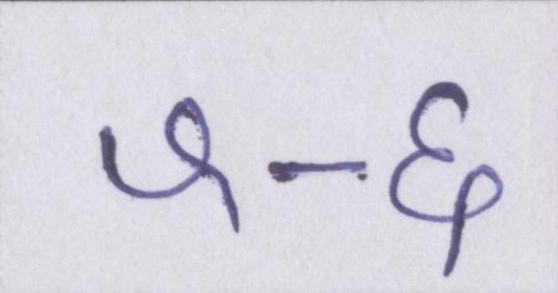
५-६